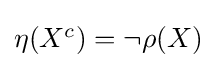
{\textstyle \eta (X^{c})=\neg \rho (X)}